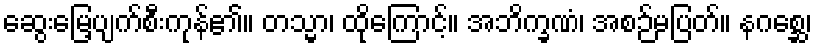
ဆွေးမြေ့ပျက်စီးကုန်၏။ တသ္မာ၊ ထိုကြောင့်။ အဘိက္ခဏံ၊ အစဉ်မပြတ်။ နဂစ္ဆေ၊